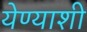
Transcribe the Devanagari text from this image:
येण्याशी